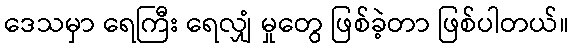
ဒေသမှာ ရေကြီး ရေလျှံ မှုတွေ ဖြစ်ခဲ့တာ ဖြစ်ပါတယ်။